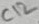
Text: C12